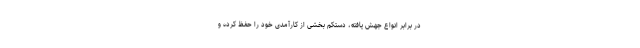
در برابر انواع جهش یافته، دستکم بخشی از کارآمدی خود را حفظ کرده و